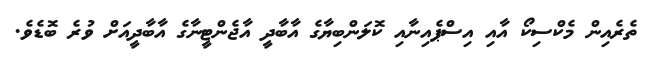
ތެރެއިން މެކްސިކޯ އާއި އިސްޕެއިނާއި ކޮލަންބިޔާގެ އާބާދީ އާޖެންޓީނާގެ އާބާދީއަށް ވުރެ ބޮޑެވެ.